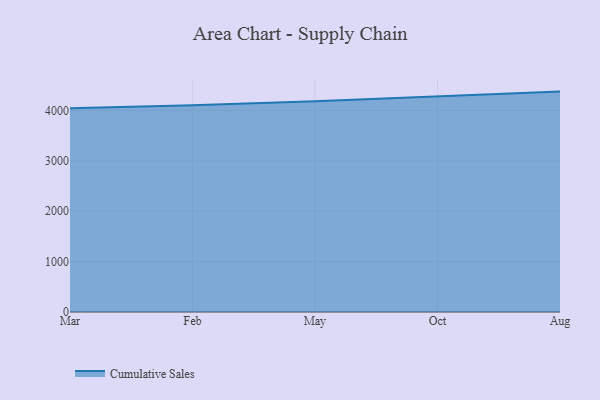
{"axis": {"x": "Month", "y": "Backlog"}, "legend": ["Cumulative Sales"], "data": [{"x": "Mar", "y": 4046.4, "type": "Cumulative Sales"}, {"x": "Feb", "y": 4104.1, "type": "Cumulative Sales"}, {"x": "May", "y": 4183.8, "type": "Cumulative Sales"}, {"x": "Oct", "y": 4275.1, "type": "Cumulative Sales"}, {"x": "Aug", "y": 4375.0, "type": "Cumulative Sales"}]}